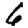
Digit: 6